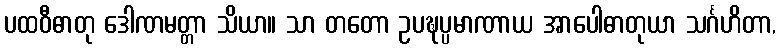
ပထဝီဓာတု ဒေါဏမတ္တာ သိယာ။ သာ တတော ဥပဍ္ဎပ္ပမာဏာယ အာပေါဓာတုယာ သင်္ဂဟိတာ,